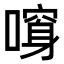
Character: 𠾮